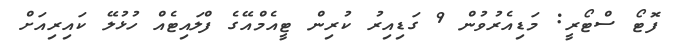
ފޮޓޯ ސްޓޯރީ: މަޑިއެރުވުން 9 ގަޑިއިރު ކުރިން ޓީއެމްއޭގެ ފްލައިޓެއް ހުޅުލޭ ކައިރިއަށް